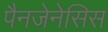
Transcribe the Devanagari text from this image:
पैनजेनेसिस